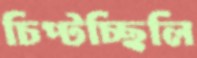
চিপ্‌টচ্ছিলি